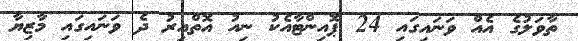
ތާވަލުގެ އެއް ވަނައިގައި 24 ޕޮއިންޓާއެކު ނިއު އޮތްއިރު ދެ ވަނައިގައި މާޒިޔާ